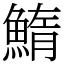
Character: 鰖